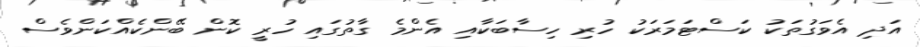
އަދި އެވަގުތަކު ކަސްޓަމަރަކު ހުރި ހިސާބަކާއި އެންމެ ގާތުގައި ހުރީ ކޮން ބޭންކެއްކަންވެސް